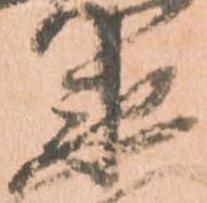
衛